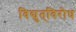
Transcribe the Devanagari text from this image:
विद्युत्‌विरोध